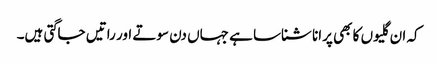
کہ ان گلیوں کا بھی پرانا شناسا ہے جہاں دن سوتے اور راتیں جاگتی ہیں۔